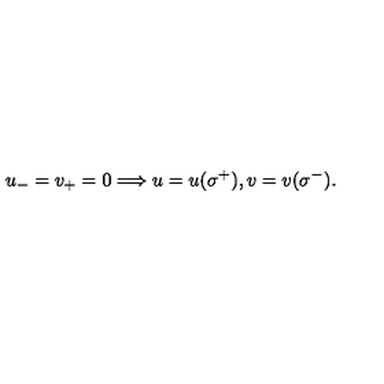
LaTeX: u _ { - } = v _ { + } = 0 \Longrightarrow u = u ( \sigma ^ { + } ) , v = v ( \sigma ^ { - } ) .